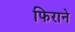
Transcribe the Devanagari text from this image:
फिराने